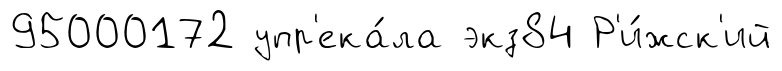
95000172 упр'ека́ла экз84 Р'и́жск'ий